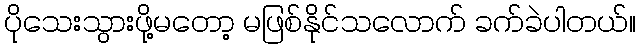
ပိုသေးသွားဖို့မတော့ မဖြစ်နိုင်သလောက် ခက်ခဲပါတယ်။